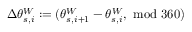
\Delta \theta _ { s , i } ^ { W } : = ( \theta _ { s , i + 1 } ^ { W } - \theta _ { s , i } ^ { W } , \ \mathrm { m o d } \ 3 6 0 )